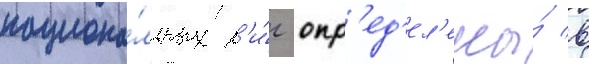
национа́льных л'и́г опр'ед'ел'ены́ в